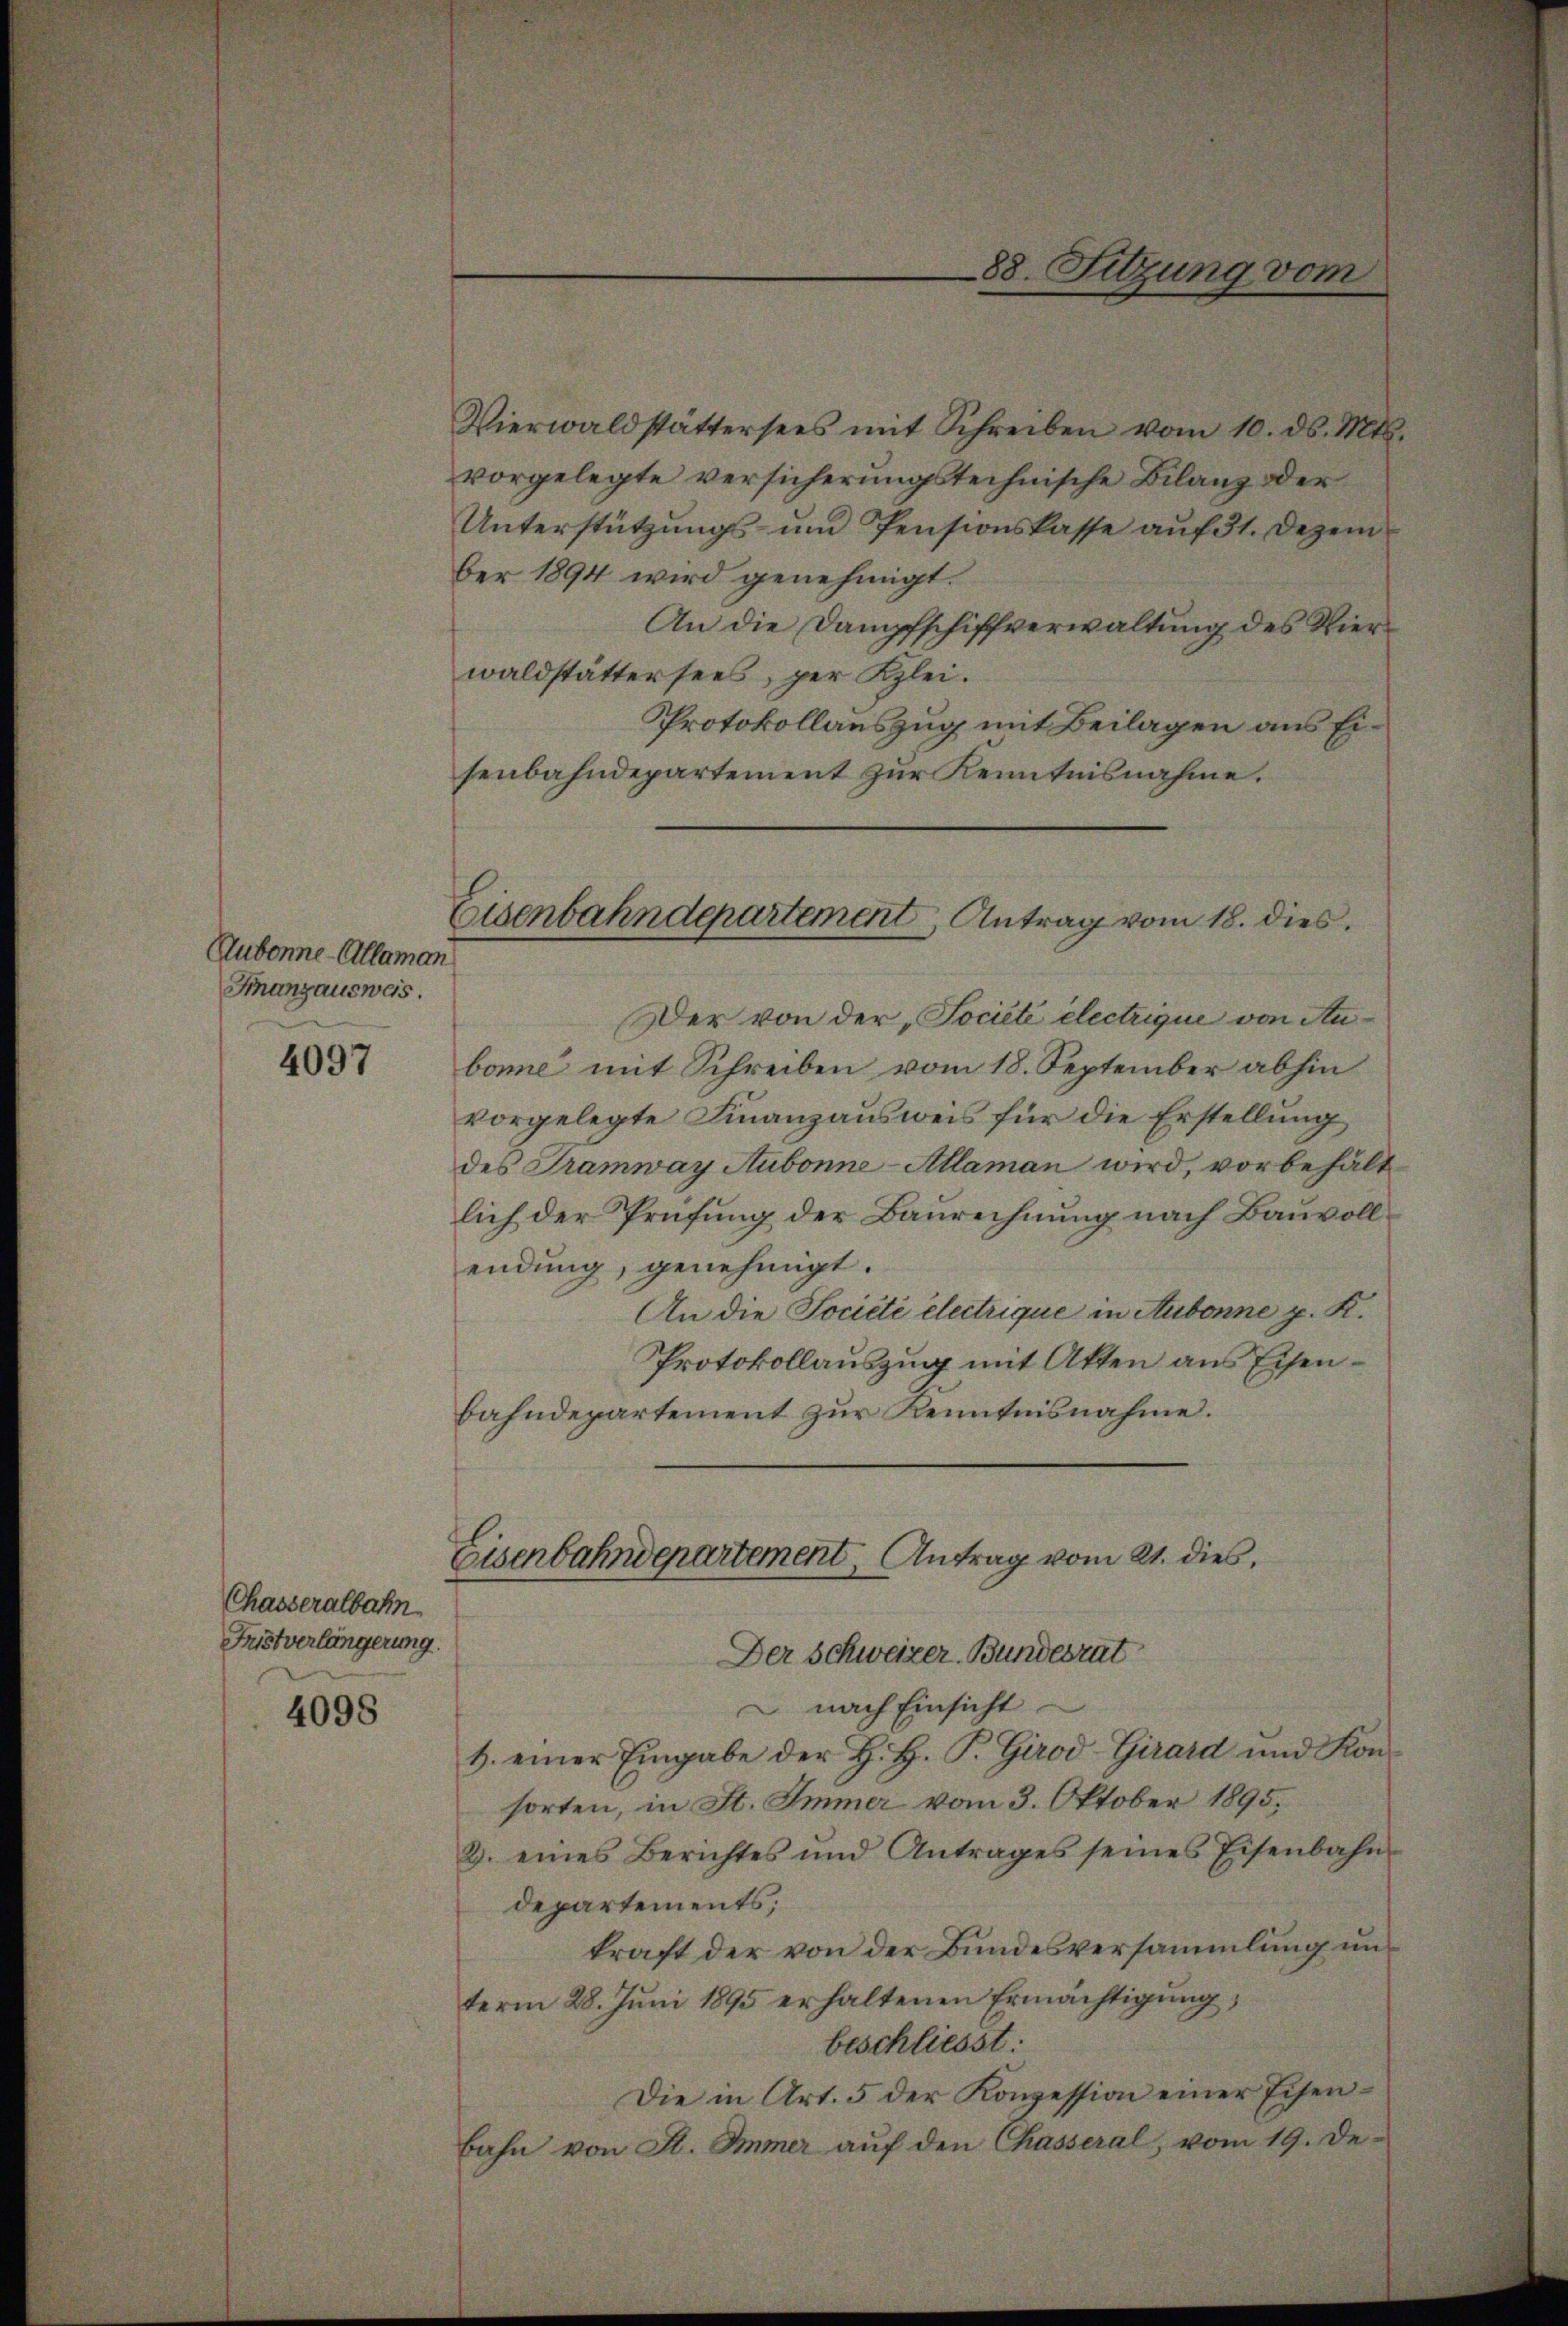
Aubonne-Allaman
Franzausweis.

4097

Chasseralbahn
Fristverlängerung.
4098

Vierwaldstättersees mit Schreiben vom 10. ds. Mts.
vorgelegte versicherungstechnische Bilanz der
Unterstützungs- und Pensionskasse auf 31. Dezember 1894 wird genehmigt.
An die Dampfschiffverwaltung des Vierwaldstättersees, per Klei¬
Protokollauszug mit Beilagen aus Eisenbahndepartement zur Kenntnisnahme.
Der von der „Jociété electrique von Aubome mit Schreiben vom 18. September abhin
vorgelegte Finanzausweis für die Erstellung
des Tramway Aubonne-Allaman wird, vorbehalt
lich der Prüfung der Baurechnung nach Bauvollendung, genehmigt.
An die Société electrique in Aubonne z. K.
Protokollauszug mit Atten aus Eisenbahndepartement zur Kenntnisnahme.
Eisenbahndepartement, Antrag vom 21. dies
Der Schweizer Bundesrat
nach Einsicht
1. einer Eingabe der H. H. P. Girod-Girard und Konsorten, in St. Immer vom 3. Oktober 1895,
2. eines Berichtes und Antrages seines Eisenbahn-
departements;
kraft der von der Bundesversammlung unterm 28. Juni 1895 erhaltenen Ermächtigung,
beschliesst:
Die in Art. 5 der Konzession einer Eisenbahn von St. Immer aŭf den Chasseral, vom 19. De-

88. Sitzung vom

Eisenbahndepartement Antrag vom 18. dies.